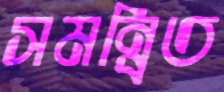
সমন্বিত